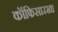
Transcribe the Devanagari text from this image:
कॉफिसारखा